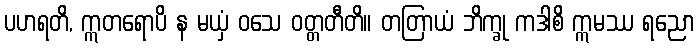
ပဟရတိ, ဣတရောပိ န မယှံ ဝသေ ဝတ္တတီတိ။ တတြာယံ ဘိက္ခု ကဒါစိ ဣမဿ ရညော